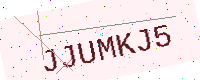
Text: JJUMKJ5